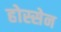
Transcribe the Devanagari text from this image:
होस्सेन